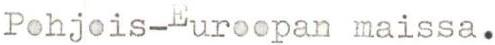
Pohjois-Euroopan maissa.